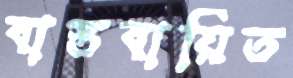
বাস্তবায়িত